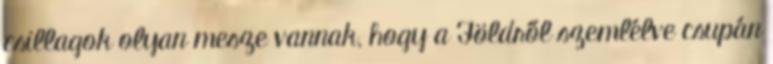
csillagok olyan mesze vannak, hogy a Földről szemlélve csupán